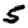
Digit: 5